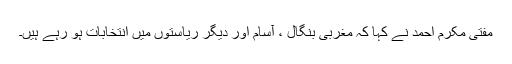
مفتی مکرم احمد نے کہا کہ مغربی بنگال ، آسام اور دیگر ریاستوں میں انتخابات ہو رہے ہیں۔